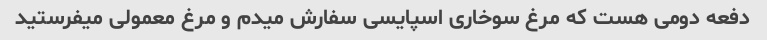
دفعه دومی هست که مرغ سوخاری اسپایسی سفارش میدم و مرغ معمولی میفرستید